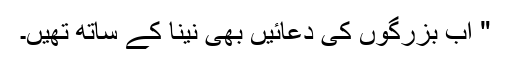
" اب بزرگوں کی دعائیں بھی نینا کے ساتھ تھیں۔